Annual returns of the Patna Lunatic Asylum at Bankipore in Bihar and Orissa - 1912-1924
Year: 1912
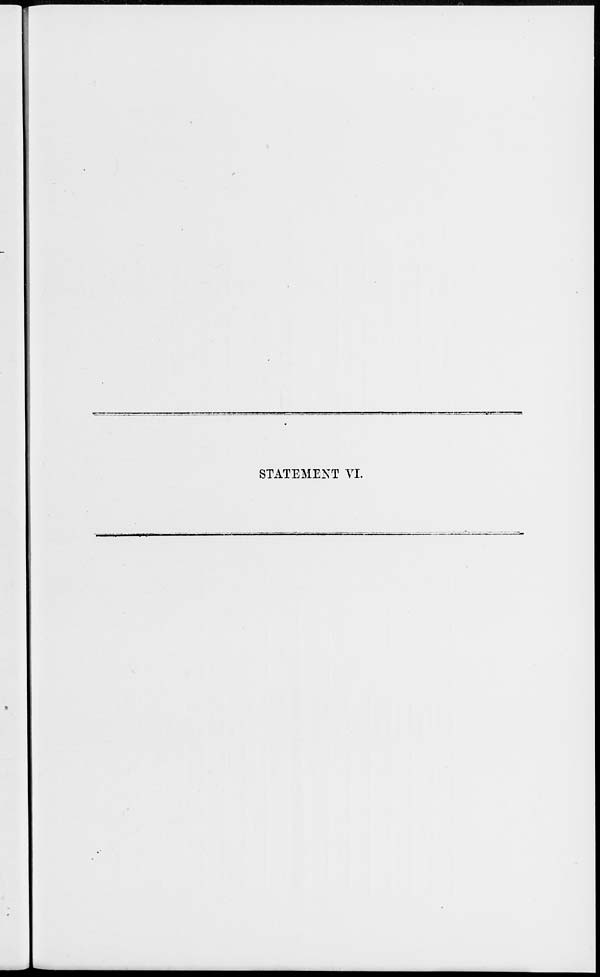
STATEMENT VI.